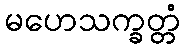
မဟေသက္ခတ္တံ